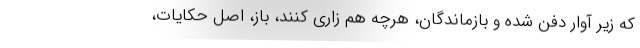
كه زير آوار دفن شده و بازماندگان، هرچه هم زاري كنند، باز، اصل حكايات،